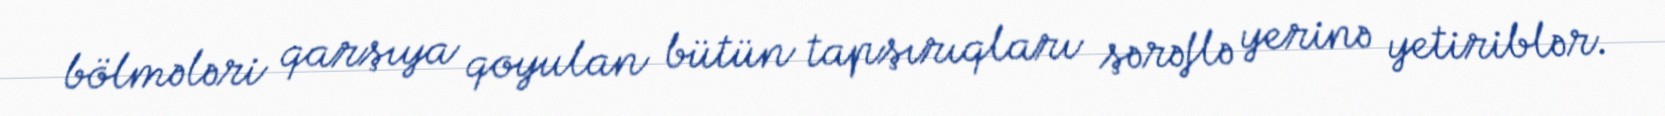
bölmələri qarşıya qoyulan bütün tapşırıqları şərəflə yerinə yetiriblər.